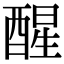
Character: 醒